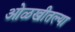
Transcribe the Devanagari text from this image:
ओळखीतल्या